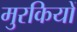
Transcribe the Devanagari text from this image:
मुरकियों